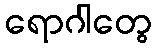
ရောဂါတွေ